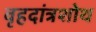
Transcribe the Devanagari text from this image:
वृहदांत्रशोथ